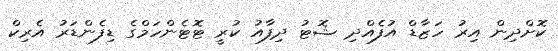
ކޮށްދިން އިރު ހަޒާޑް އުފެއްދި ޝޮޓު ދިފާއު ކުރީ ޓޮޓެންހަމްގެ ޑިފެންޑަރު އެރިކް